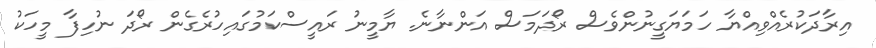
އިރާދަކުރެއްވިއްޔާ ހަމަޔަގީނުންވެސް ރޯދަމަސް އަންނާނެ. ޔާމީނު ރައީސްކަމުގައިހުރެގެން ރޯދަ ނުހިފާ މީހަކު